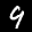
Digit: 9